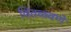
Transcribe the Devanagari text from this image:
वितळवणे